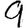
Digit: 9